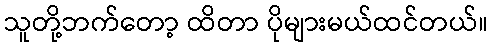
သူတို့ဘက်တော့ ထိတာ ပိုများမယ်ထင်တယ်။